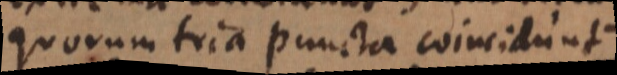
quorum tria puncta coincidunt).